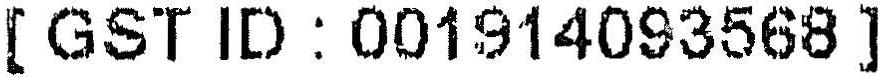
[GST ID : 001914093568]